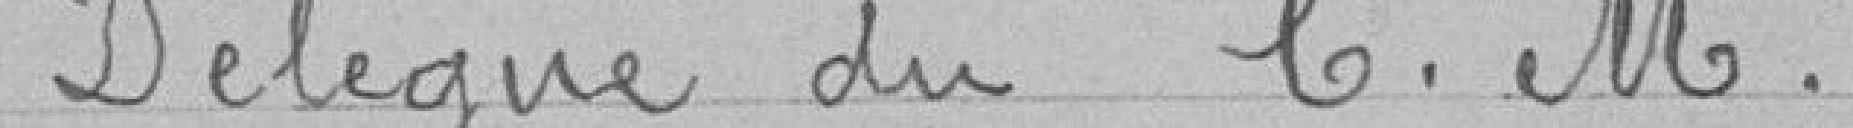
Délégué du C.M.